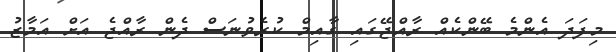
މިފަދަ އެންމެ ބޭންކެއްް ރާއްޖޭގައި ގާއިމް ކުރެވުނަސް ދެން ރާއްޖެ އަށް އަމާޒު